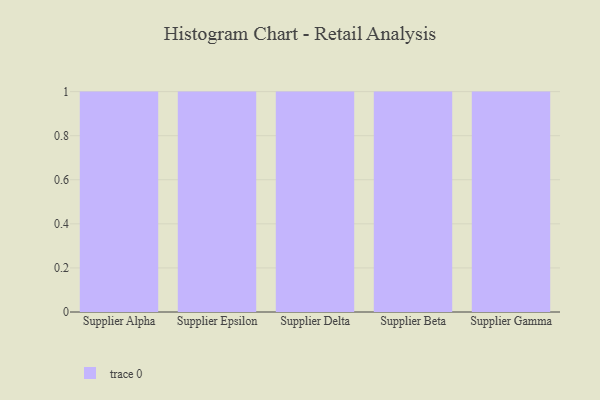
{"axis": {"x": "Supplier", "y": "Shipments"}, "legend": [""], "data": [{"x": "Supplier Alpha", "y": 74, "type": ""}, {"x": "Supplier Epsilon", "y": 9, "type": ""}, {"x": "Supplier Delta", "y": 39, "type": ""}, {"x": "Supplier Beta", "y": 63, "type": ""}, {"x": "Supplier Gamma", "y": 100, "type": ""}]}